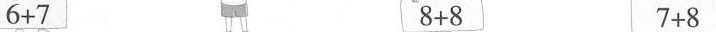
6+7 8+8 7+8